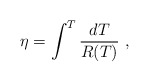
\begin{align*}\eta = \int^{T} \frac{d T}{R(T)}~,\end{align*}